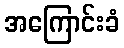
အကြောင်းခံ